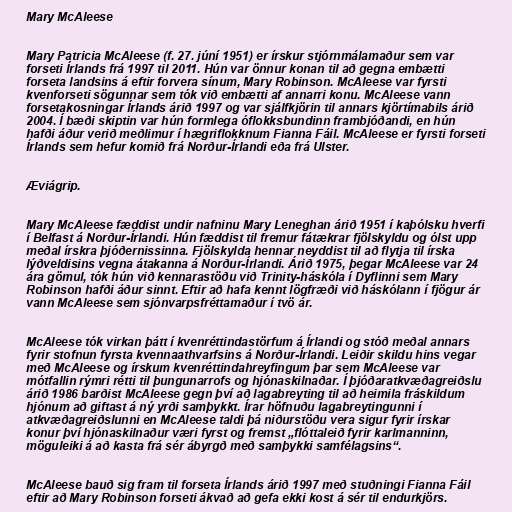
Mary McAleese

Mary Patricia McAleese (f. 27. júní 1951) er írskur stjórnmálamaður sem var
forseti Írlands frá 1997 til 2011. Hún var önnur konan til að gegna embætti
forseta landsins á eftir forvera sínum, Mary Robinson. McAleese var fyrsti
kvenforseti sögunnar sem tók við embætti af annarri konu. McAleese vann
forsetakosningar Írlands árið 1997 og var sjálfkjörin til annars kjörtímabils árið
2004. Í bæði skiptin var hún formlega óflokksbundinn frambjóðandi, en hún
hafði áður verið meðlimur í hægriflokknum Fianna Fáil. McAleese er fyrsti forseti
Írlands sem hefur komið frá Norður-Írlandi eða frá Ulster.

Æviágrip.

Mary McAleese fæddist undir nafninu Mary Leneghan árið 1951 í kaþólsku hverfi
í Belfast á Norður-Írlandi. Hún fæddist til fremur fátækrar fjölskyldu og ólst upp
meðal írskra þjóðernissinna. Fjölskylda hennar neyddist til að flytja til írska
lýðveldisins vegna átakanna á Norður-Írlandi. Árið 1975, þegar McAleese var 24
ára gömul, tók hún við kennarastöðu við Trinity-háskóla í Dyflinni sem Mary
Robinson hafði áður sinnt. Eftir að hafa kennt lögfræði við háskólann í fjögur ár
vann McAleese sem sjónvarpsfréttamaður í tvö ár.

McAleese tók virkan þátt í kvenréttindastörfum á Írlandi og stóð meðal annars
fyrir stofnun fyrsta kvennaathvarfsins á Norður-Írlandi. Leiðir skildu hins vegar
með McAleese og írskum kvenréttindahreyfingum þar sem McAleese var
mótfallin rýmri rétti til þungunarrofs og hjónaskilnaðar. Í þjóðaratkvæðagreiðslu
árið 1986 barðist McAleese gegn því að lagabreyting til að heimila fráskildum
hjónum að giftast á ný yrði samþykkt. Írar höfnuðu lagabreytingunni í
atkvæðagreiðslunni en McAleese taldi þá niðurstöðu vera sigur fyrir írskar
konur því hjónaskilnaður væri fyrst og fremst „flóttaleið fyrir karlmanninn,
möguleiki á að kasta frá sér ábyrgð með samþykki samfélagsins“.

McAleese bauð sig fram til forseta Írlands árið 1997 með stuðningi Fianna Fáil
eftir að Mary Robinson forseti ákvað að gefa ekki kost á sér til endurkjörs.